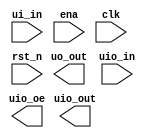
`timescale 1ns/1ps;

module tt_um_yannickreiss_mpu (input wire [7:0] ui_in,    // Dedicated inputs
                                     output wire [7:0] uo_out,  // Dedicated outputs
                                     input wire [7:0] uio_in,   // IOs: Input path
                                     output wire [7:0] uio_out, // IOs: Output path
                                     output wire [7:0] uio_oe,  // IOs: Enable path (active high: 0 = input, 1 = output
                                     input wire ena,
                                     input wire clk,
                                     input wire rst_n);

// internal memory
reg [7:0] register [7:0]; // registers
reg [11:0] program_counter; // Count up to 
reg [2:0] phase_counter; // current phase
reg [2:0] alt_phase; // store phase here, while HALT
reg [7:0] alu_in1; // first alu input
reg [7:0] alu_in2; // second alu input
reg [7:0] alu_result;
reg [7:0] instruction; // store current instruction
reg HALT_s;
reg jump;

// in- and output signals
wire [11:0]branch_result;
wire HALT;
assign HALT = ui_in[7];

// Reset
always @(negedge rst_n) begin
    register[7] = 8'b0;
    register[6] = 8'b0;
    register[5] = 8'b0;
    register[4] = 8'b0;
    register[3] = 8'b0;
    register[2] = 8'b0;
    register[1] = 8'b0;
    register[0] = 8'b0;

    program_counter = 12'b0;

    alt_phase = 3'b0;
    phase_counter = 3'b0;
    HALT_s = 1'b0;
    jump = 1'b0;
end

// Phase counter
always @(posedge clk) begin
    case (phase_counter)
        3'b000: phase_counter = 3'b001; // IF -> Dec
        3'b001: phase_counter = 3'b001 ^ instruction[7:5]; // Dec -> Opcode (010 xor)
        3'b010: phase_counter = 3'b011; // operand 3 -> op2
        3'b011: phase_counter = 3'b100; // operand 2 -> op1
        3'b100: phase_counter = 3'b101; // operand 1 -> exec
        3'b101: phase_counter = 3'b110; // Exec -> Write back
        3'b110: phase_counter = 3'b000; // Write back -> IF
        default: phase_counter = 3'b111;
    endcase
end

// Block the MPU
always @(posedge HALT_s) begin
    alt_phase = phase_counter;
    phase_counter = 3'b111;
end

// Release the MPU
always @(negedge HALT) begin
    HALT_s = 1'b0;
    phase_counter = alt_phase;
end

// program counter
always @(posedge clk) begin
    if (jump == 1'b0) begin
        if (phase_counter == 3'b110) begin
            program_counter = program_counter + 1;
        end
    else
       program_counter = branch_result;
    end
end

// ALU
always @(instruction, alu_in1, alu_in2) begin
    if (instruction[4] == 1'b1) begin
        if (instruction[7:5] == 3'b101) begin
            // Unary operations
            case (instruction[3:1])
                3'b000: alu_result = !alu_in1;
                3'b001: alu_result = alu_in1 + 1;
                3'b010: alu_result = alu_in1 - 1;
                3'b011: alu_result = alu_in1 >>> 1;
                3'b100: alu_result = alu_in1 <<< 1;
                3'b101: alu_result = alu_in1 >> 1;
                3'b110: alu_result = alu_in1 << 1;
                default: alu_result = 8'b0;
            endcase
        end
        else begin
            // Binary operations
            case (instruction[3:1])
                3'b001: alu_result = alu_in1 | alu_in2;
                3'b010: alu_result = alu_in1 ^ alu_in2;
                3'b011: alu_result = alu_in1 + alu_in2;
                3'b100: alu_result = alu_in1 - alu_in2;
                3'b101: alu_result = (alu_in1 == alu_in2);
                3'b110: alu_result = alu_in1 <<< alu_in2;
                3'b111: alu_result = alu_in1 >>> alu_in2;
                default: alu_result = alu_in1 & alu_in2; 
            endcase
        end
    end
end

// One Froggy a day keeps the sadness away!
endmodule